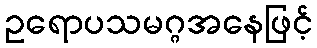
ဥရောပသမဂ္ဂအနေဖြင့်